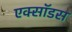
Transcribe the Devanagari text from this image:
एक्सॉडस